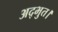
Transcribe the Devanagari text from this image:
अद्भुत।